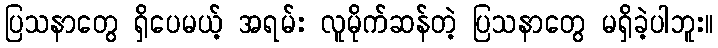
ပြသနာတွေ ရှိပေမယ့် အရမ်း လူမိုက်ဆန်တဲ့ ပြသနာတွေ မရှိခဲ့ပါဘူး။